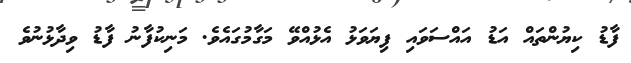
ފާޑު ކިޔުންތައް އަޑު އައްސަވައި ފިޔަވަޅު އެޅުއްވޭ މަގާމުގައެވެ. މަނިކުފާނު ފާޑު ވިދާޅުނުވެ